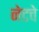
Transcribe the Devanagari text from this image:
नेटचे